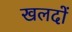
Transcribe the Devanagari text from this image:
खलदों